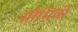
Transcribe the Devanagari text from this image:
सौमित्री